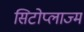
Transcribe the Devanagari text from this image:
सिटोप्लाज्म